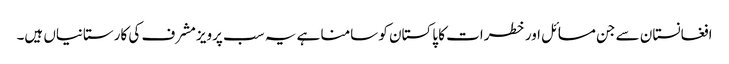
افغانستان سے جن مسائل اور خطرات کا پاکستان کو سامنا ہے یہ سب پرویزمشرف کی کارستانیاں ہیں۔